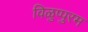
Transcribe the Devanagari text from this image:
विळुप्पुरम